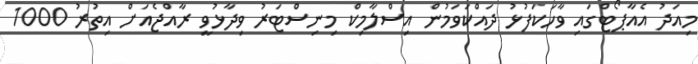
މިއަދު އެއާޕޯޓްގައި ވާހަކަފުޅު ދައްކަވަމުން އިސްލާމިކް މިނިސްޓަރު ވިދާޅުވީ ރާއްޖެއަށް އިތުރު 1000